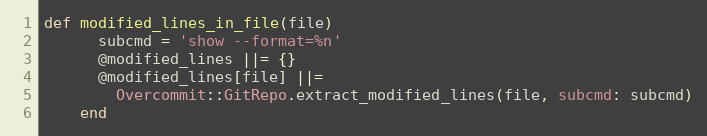
Language: Ruby
def modified_lines_in_file(file)
      subcmd = 'show --format=%n'
      @modified_lines ||= {}
      @modified_lines[file] ||=
        Overcommit::GitRepo.extract_modified_lines(file, subcmd: subcmd)
    end